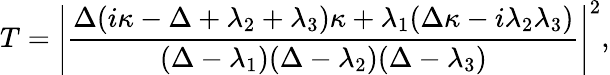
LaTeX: T=\left|\frac{\Delta(i\kappa-\Delta+\lambda_{2}+\lambda_{3})\kappa+\lambda_{1}(\Delta\kappa-i\lambda_{2}\lambda_{3})}{(\Delta-\lambda_{1})(\Delta-\lambda_{2})(\Delta-\lambda_{3})}\right|^{2},